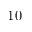
1 0